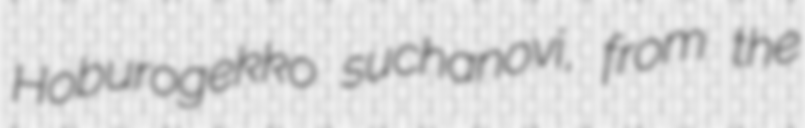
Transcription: Hoburogekko suchanovi, from the